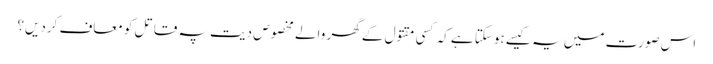
اس صورت میں یہ کیسے ہوسکتا ہے کہ کسی مقتول کے گھر والے مخصوص دیت پہ قاتل کو معاف کردیں؟